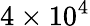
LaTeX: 4\times 10^{4}